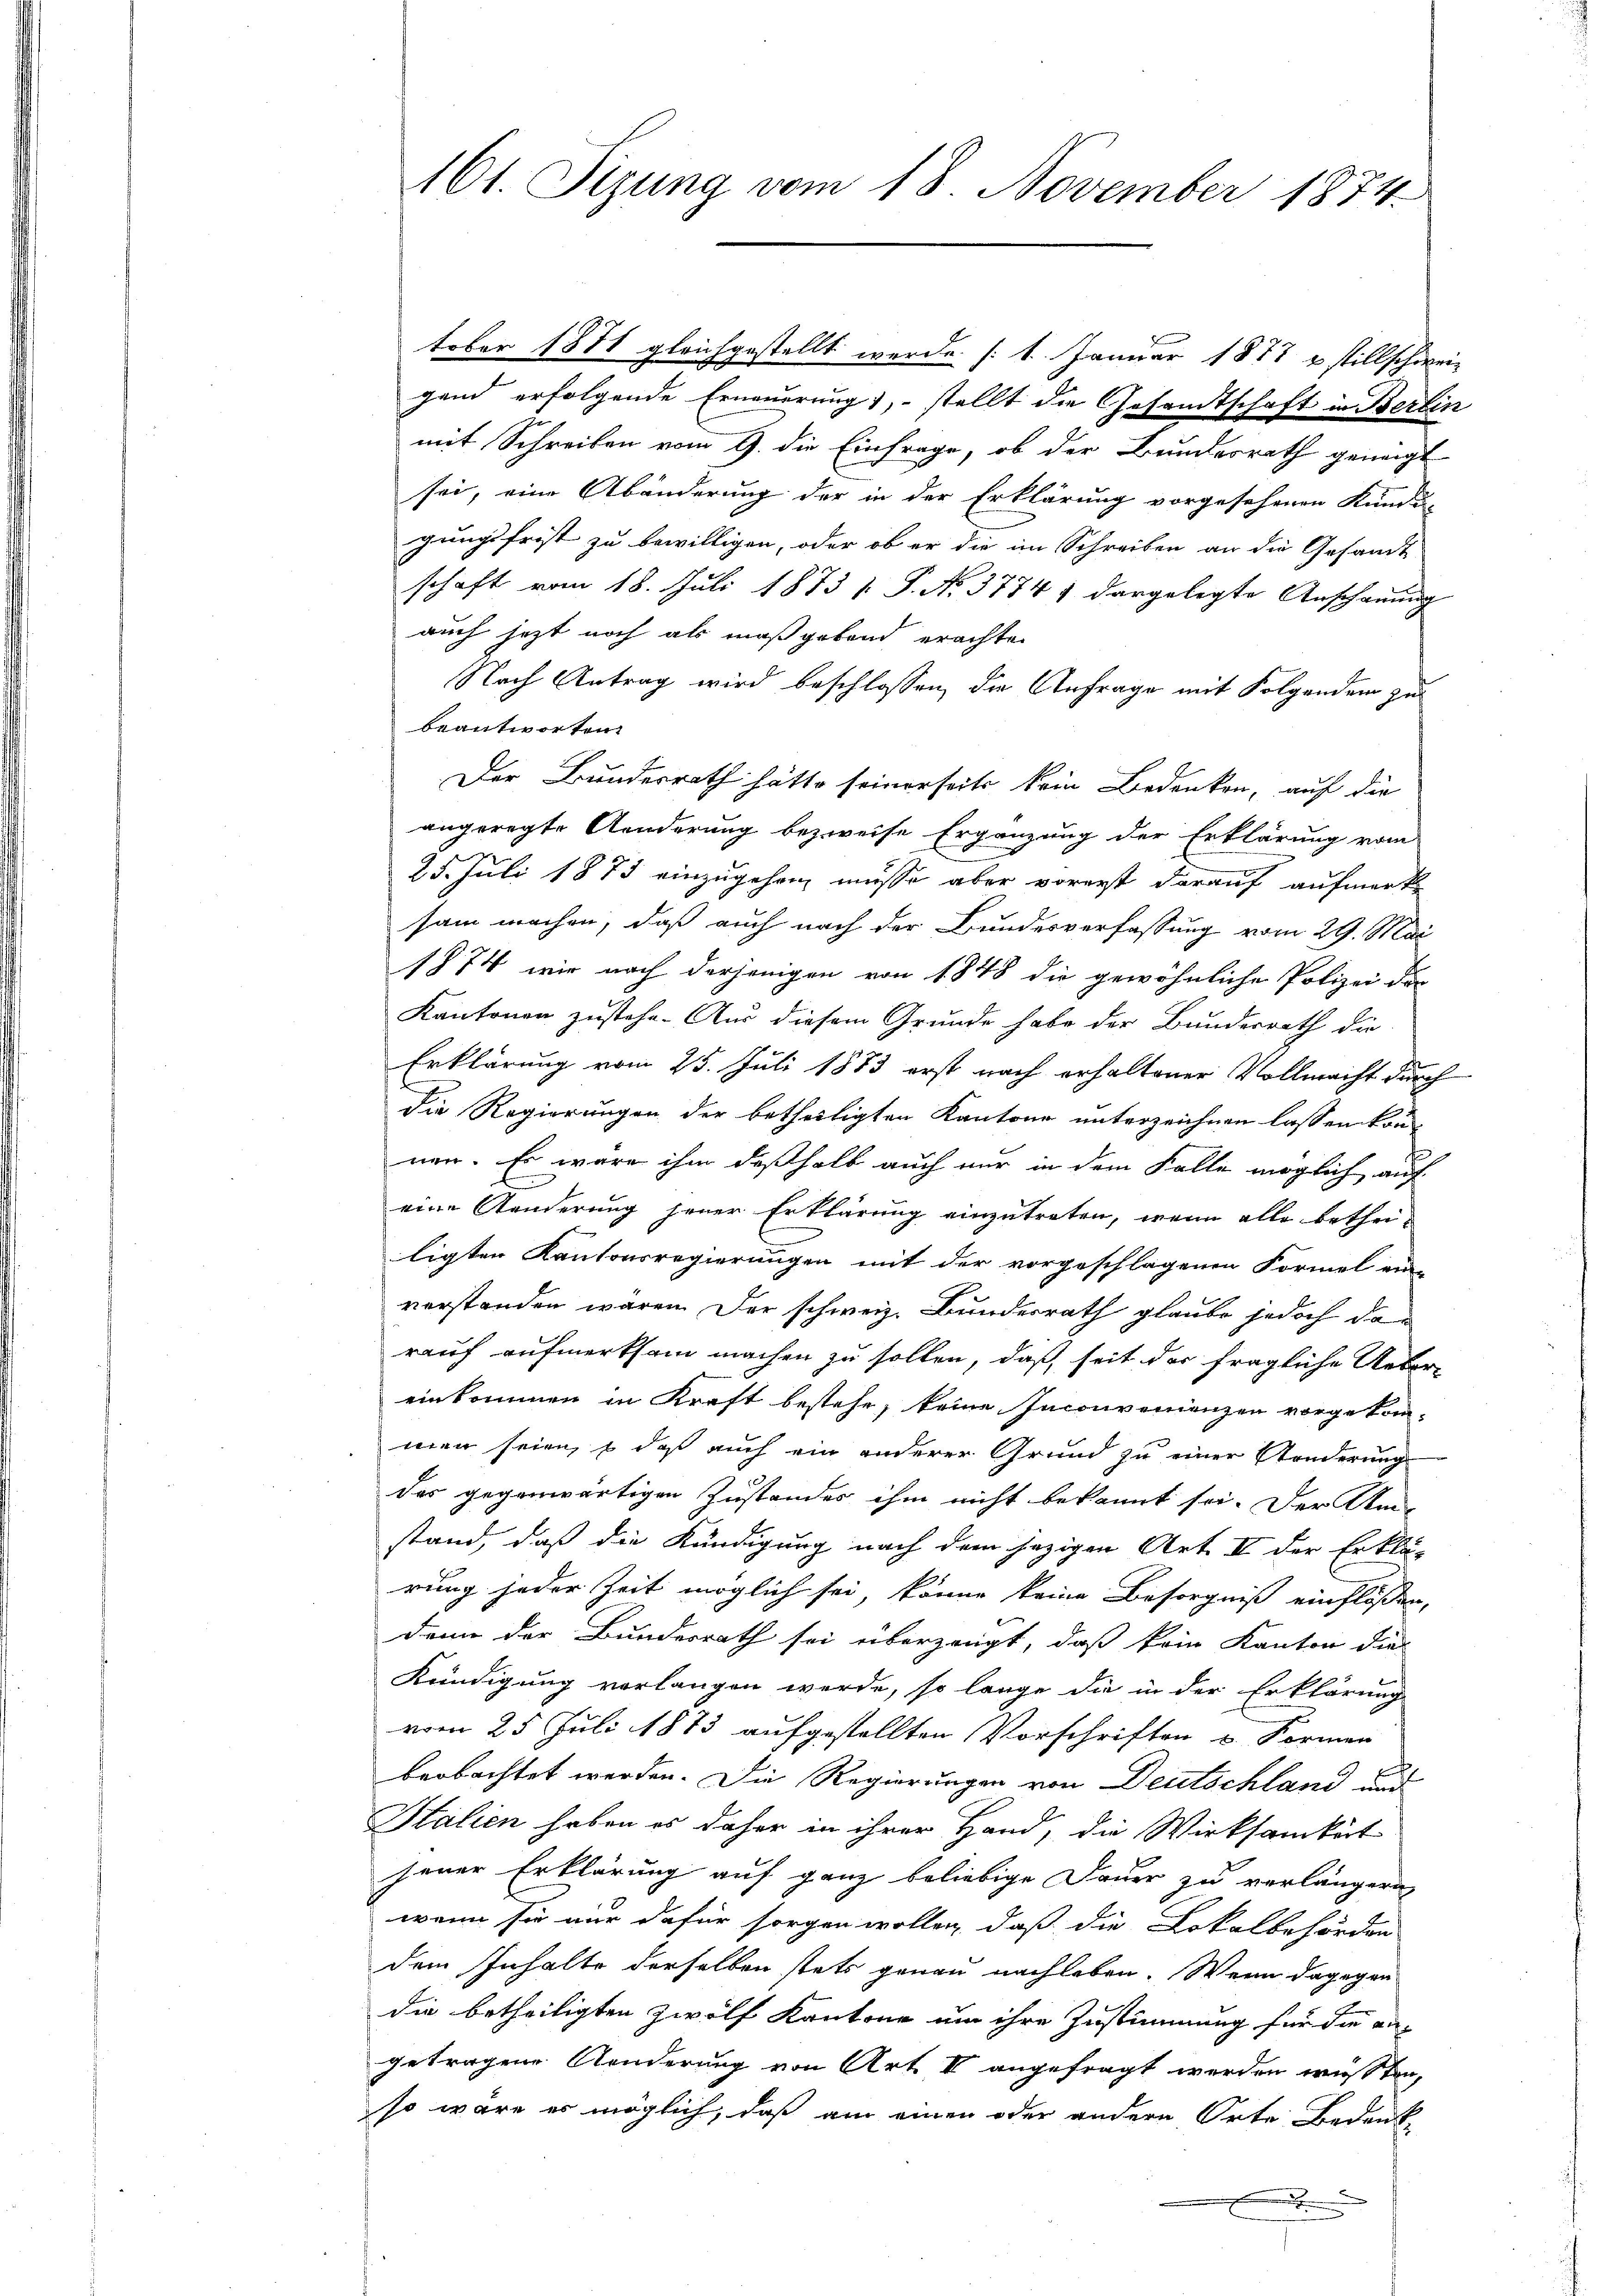
161. Sizung vom 18. November 1874.

tober 1881 gleichgestellt werde (1. Januar 1877 u. stillschwei-
gend erfolgende Erneuerung), stellt die Gesandtschaft in Berlin
mit Schreiben vom 9. die Einfrage, ob der Bundesrath geneigt
sei, eine Abänderung der in der Erklärung vorgesehenen Kundi-
gungsfrist zu bewilligen, oder ob er die im Schreiben an die Gesandt
schaft vom 18. Juli 1873 1. P. N. 3774 1 dargelegte Anschauung
auch jetzt noch als maßgebend erachten
Nach Antrag wird beschlossen, die Anfrage mit Folgenden zu
beantworten.
Der Bundesrath hätte seinerseits kein Bedenken, auf die
angeregte Aenderung bezweife Ergänzung der Erklärung vom
25. Juli 1873 einzugehen, müsse aber vorerst darauf aufmerke
sam machen, daß auch nach der Bundesverfassung vom 29. Mai
1874 wir nach derjenigen von 1848 die gewöhnliche Polizei der
Kantonen zustehe. Aus diesem Grunde habe der Bundesrath die
Erklärung vom 25. Juli 1883 erst nach erhaltener Vollmacht durch
die Regierungen der betheiligten Kantone unterzeichnen lassen konnen. Es wäre ihm deßhalb auch nur in dem Falle möglich auf
eine Aenderung jener Erklärung einzutreten, wenn alle bethei-
ligten Kantonsregierungen mit der vorgeschlagenen Formel ein-
verstanden wären. Der schweiz. Bundesrath glaube jedoch darauf aufmerksam machen zu sollen, daß seit der fragliche Ueber-
einkommen in Kraft bestehe, keine Inconvenienzen vorgekommen seien, so daß auch ein anderer Grund zu einer Anderung
das gegenwärtigen Zustandes ihm nicht bekannt sei. Der Um-
stand, daß die Kündigung nach dem jezigen Art. II der Erklä-
rung jeder Zeit möglich sei, könne keine Besorgniß einflößen,
dann der Bundesrath sei überzeugt, daß kein Kanton die
Kündigung verlangen werde, so lange die in der Erklärung
vom 25. Juli 1873 aufgestellten Vorschriften u. Formen
E
beobachtet werden. Die Regierungen von Deutschland und
Italien haben es daher in ihrer Hand, die Wirksamkeit
jener Erklärung auf ganz beliebige Dauer zu verlängern,
wenn sie nur dafür sorgen wollen, daß die Lokalbehörden
dem Inhalte derselben stets genau nachleben. Wenn dagegen
die betheiligten Zwölf Kantone um ihre Zustimmung für die angetragene Aenderung von Art II angefragt werden wüssten,
so wäre es möglich, daß am einen oder andern Orte Bedenke
.